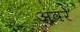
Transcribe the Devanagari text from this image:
अवरे